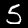
Label: 5